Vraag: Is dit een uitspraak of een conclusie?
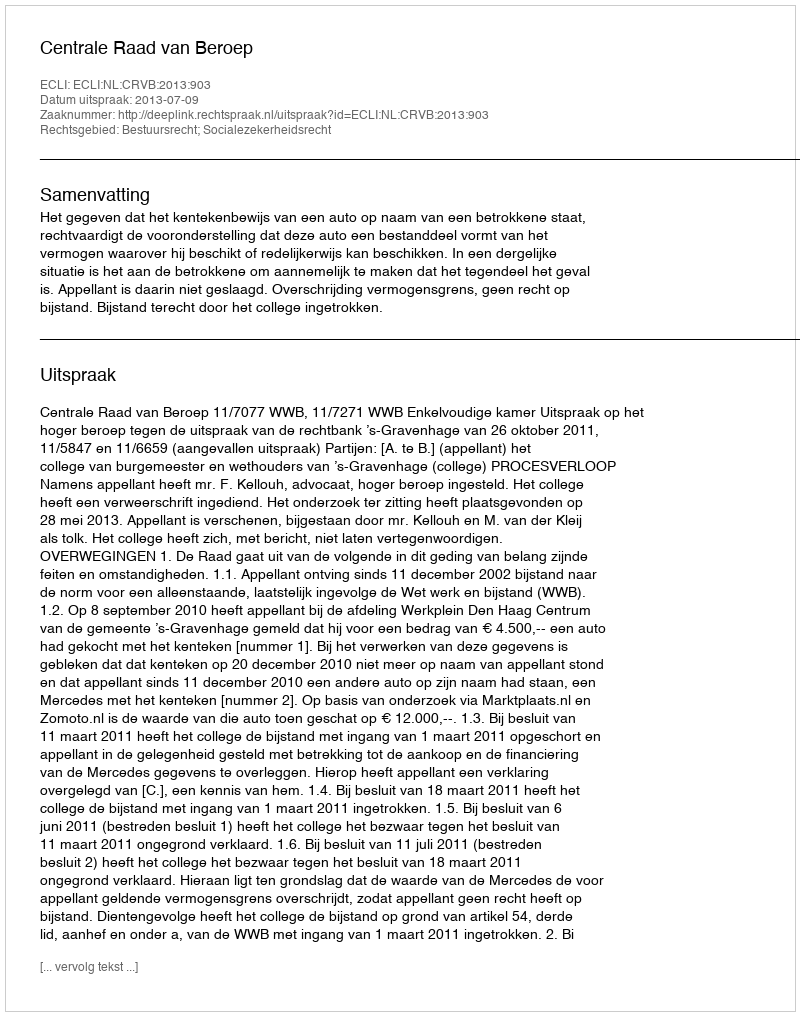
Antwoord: Uitspraak